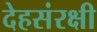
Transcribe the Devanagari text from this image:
देहसंरक्षी